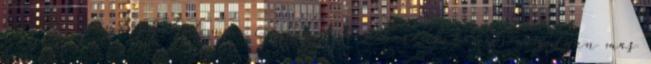
Faj A xenomorphokat nem igazán lehet hasonlítani semmilyen más